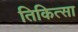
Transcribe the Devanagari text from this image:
तिकित्सा